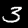
Label: 3